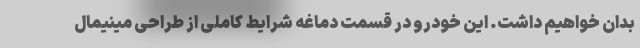
بدان خواهیم داشت. این خودرو در قسمت دماغه شرایط کاملی از طراحی مینیمال